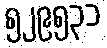
၅၂၉၅၃၁